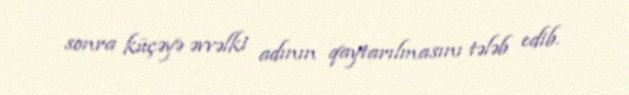
sonra küçəyə əvvəlki adının qaytarılmasını tələb edib.